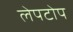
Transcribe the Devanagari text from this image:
लेपटोप